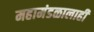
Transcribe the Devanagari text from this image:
महामंडळालाही